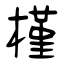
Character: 槿